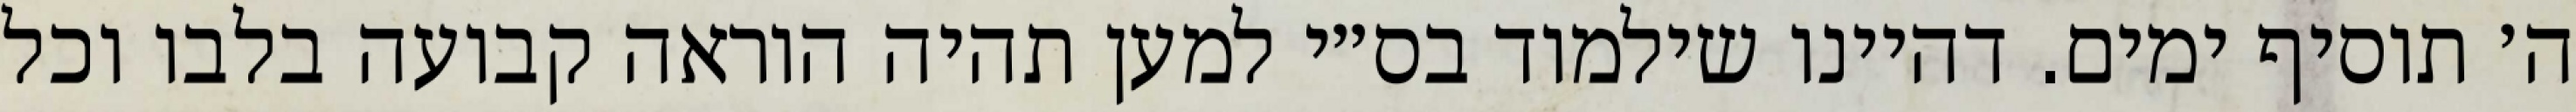
ה׳ תוסיף ימים. דהיינו שילמוד בס״י למען תהיה הוראה קבועה בלבו וכל